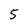
Character: 5